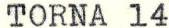
TORNA 14